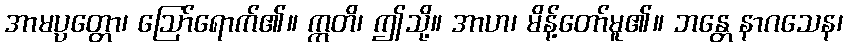
အာမပ္ပတ္တော၊ ဩော်ရောက်၏။ ဣတိ၊ ဤသို့။ အာဟ၊ မိန့်တော်မူ၏။ ဘန္တေ နာဂသေန၊